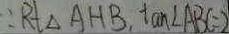
\because R t \Delta A H B , \tan \angle A B C = 2